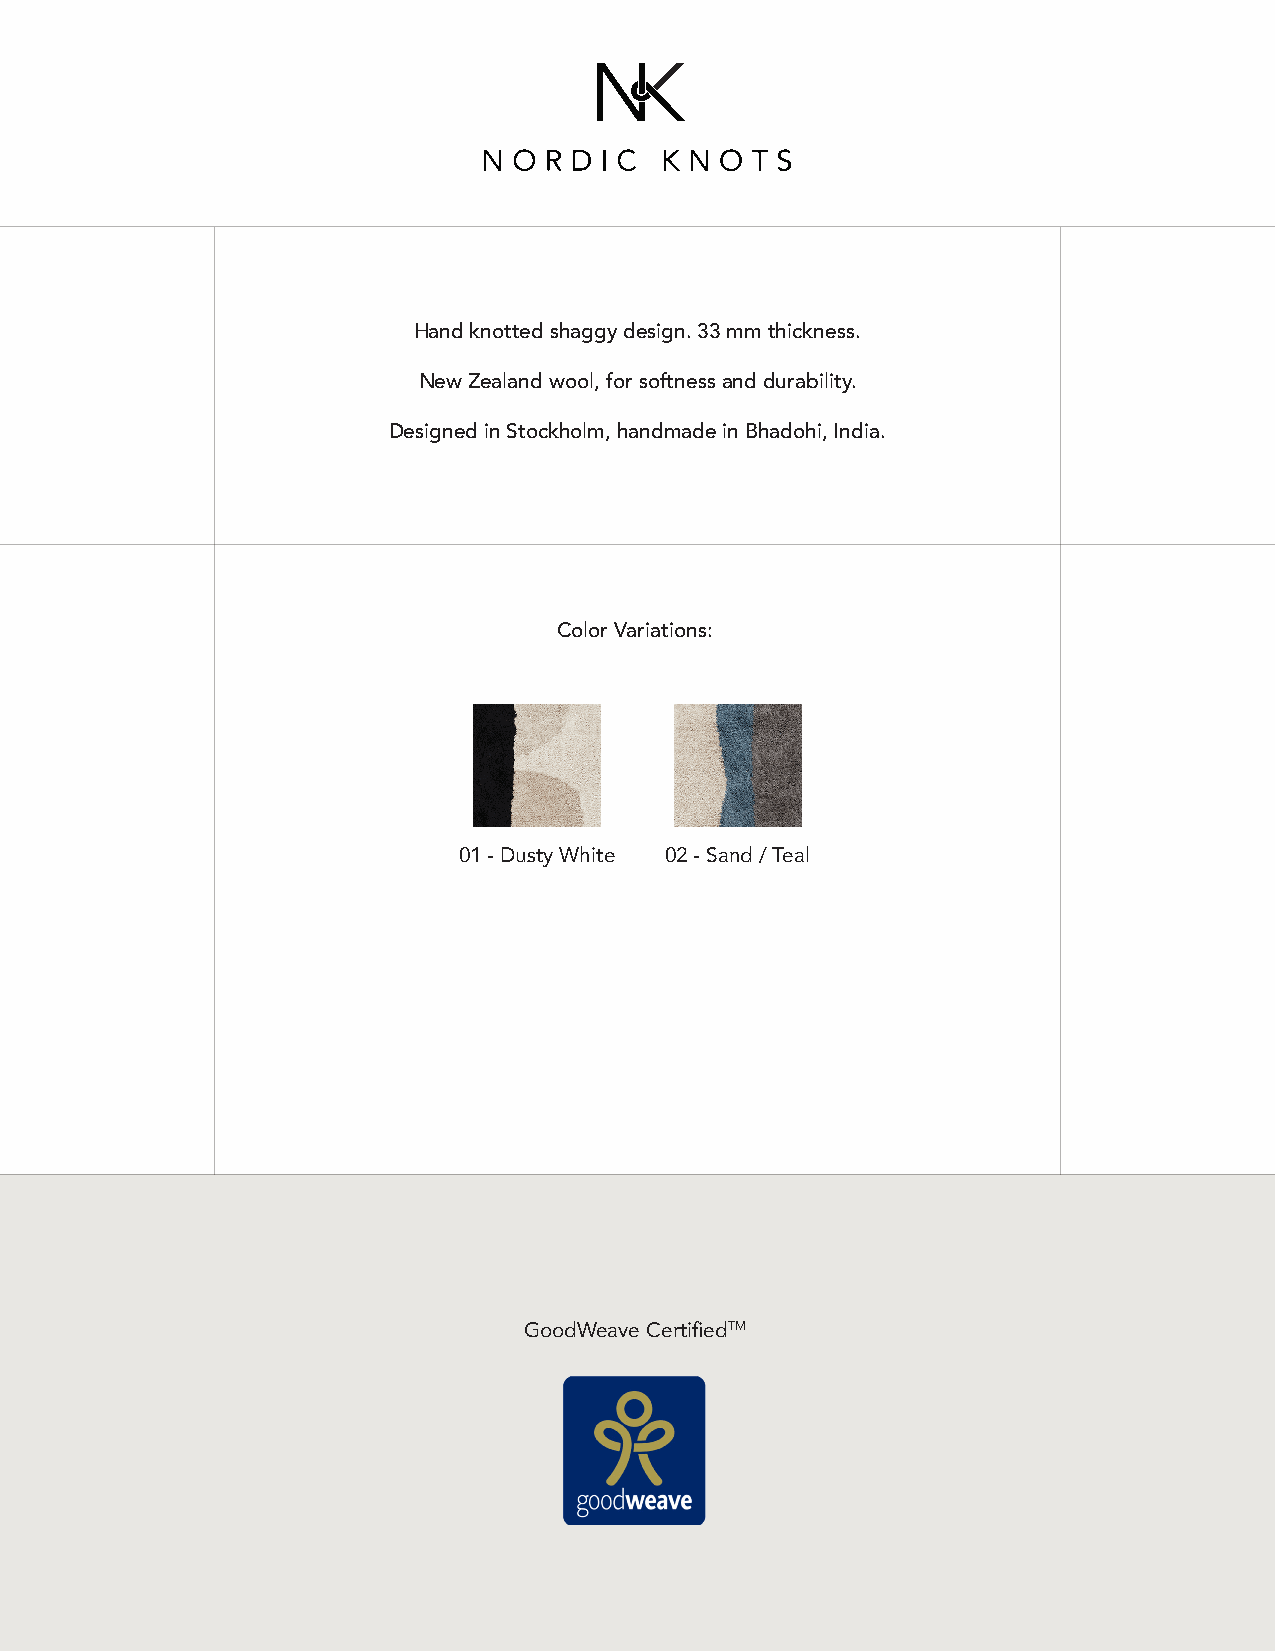
Hand knotted shaggy design. 33 mm thickness.
 New Zealand wool, for softness and durability.
 Designed in Stockholm, handmade in Bhadohi, India.
 Color Variations:
 01 - Dusty White 02 - Sand / Teal
 GoodWeave CertifiedTM